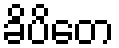
ခိပိတေ